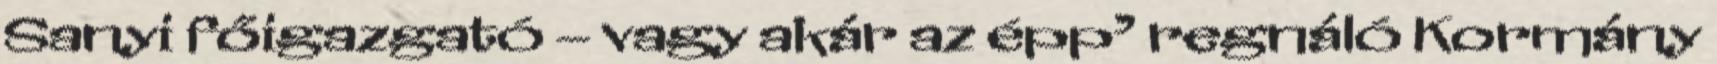
Sanyi főigazgató – vagy akár az épp’ regnáló Kormány